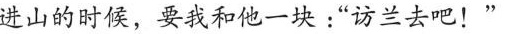
进山的时候，要我和他一块:“访兰去吧!”